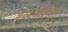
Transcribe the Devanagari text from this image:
श्लेजविग